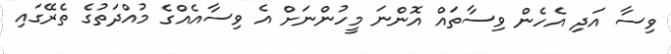
ވިސާ އަދި އެހެން ވިސާތައް އޮންނަ މީހުންނަށް އެ ވިސާއެއްގެ މުއްދަތުގެ ތެރޭގައި